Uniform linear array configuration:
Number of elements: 16
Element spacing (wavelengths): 1
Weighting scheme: hamming
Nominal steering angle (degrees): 30
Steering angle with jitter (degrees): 29.624
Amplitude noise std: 0.05
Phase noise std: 0.05

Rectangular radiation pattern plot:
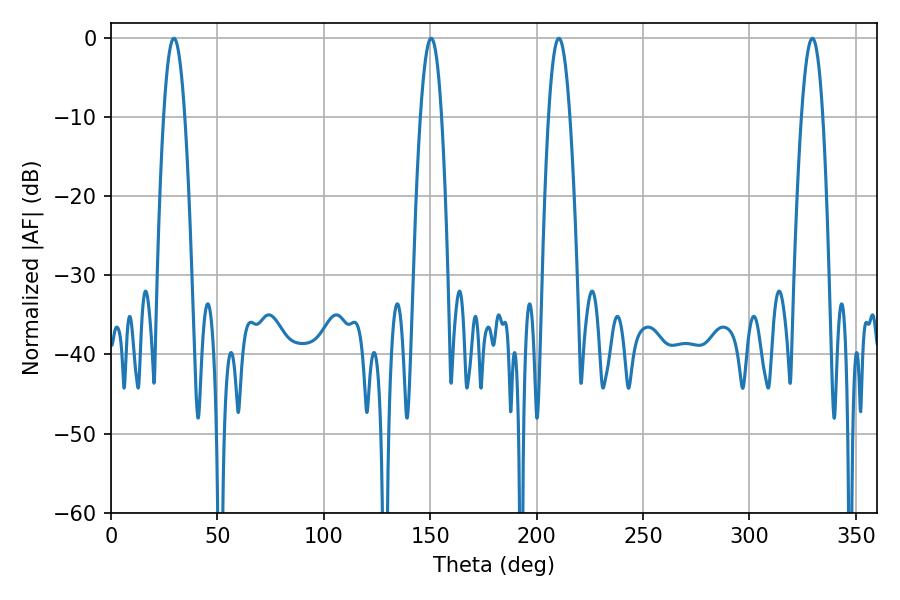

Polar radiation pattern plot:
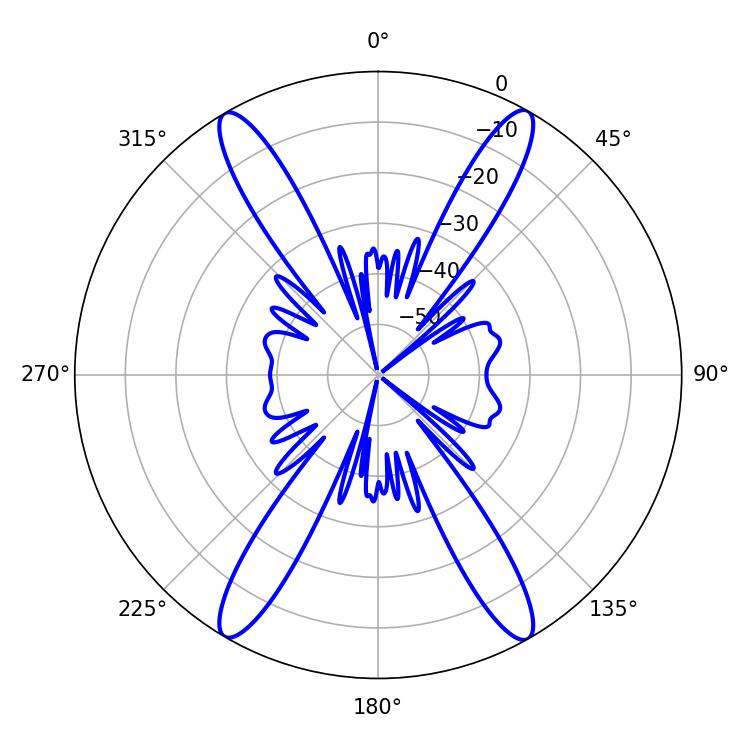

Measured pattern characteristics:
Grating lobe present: TRUE
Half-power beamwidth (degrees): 5.58
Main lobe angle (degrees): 210.42